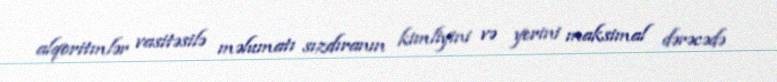
alqoritmlər vasitəsilə məlumatı sızdıranın kimliyini və yerini maksimal dərəcədə